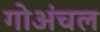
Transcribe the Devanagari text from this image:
गोअंचल